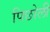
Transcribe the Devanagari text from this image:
पिछोली